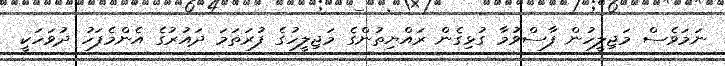
ނަމަވެސް މަޖިލީހުން ފާސްވުމާ ގުޅިގެން ރައްޔިތުންގެ މަޖިލީހުގެ ފުރަތަމަ ދައުރުގެ އެންމެފަހު ދުވަހަކީ